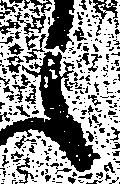
之